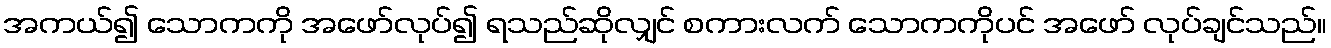
အကယ်၍ သောကကို အဖော်လုပ်၍ ရသည်ဆိုလျှင် စကားလက် သောကကိုပင် အဖော် လုပ်ချင်သည်။